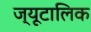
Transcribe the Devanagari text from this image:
ज्यूटालिक